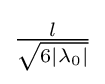
\textstyle {\frac {l}{\sqrt {6|\lambda _{0}|}}}